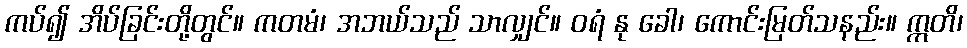
ကပ်၍ အိပ်ခြင်းတို့တွင်။ ကတမံ၊ အဘယ်သည် သာလျှင်။ ဝရံ နု ခေါ၊ ကောင်းမြတ်သနည်း။ ဣတိ၊